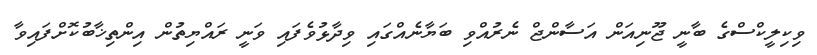
ވިކިލީކްސްގެ ބާނީ ޖޫނިއަން އަސާންޖް ނެެރުއްވި ބަޔާނެއްގައި ވިދާޅުވެފައި ވަނީ ރައްޔިތުން އިންތިޚާބުކޮށްފައިވާ